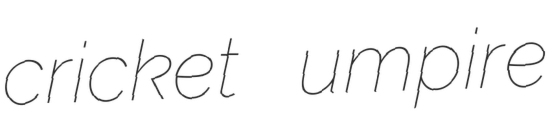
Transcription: cricket umpire